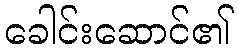
ခေါင်းဆောင်၏